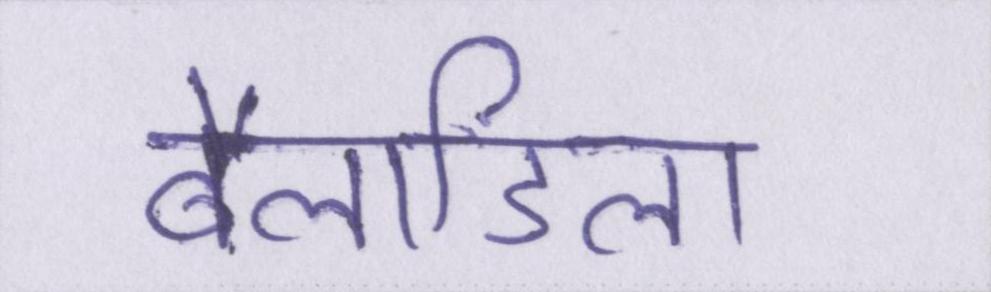
बैलाडिला